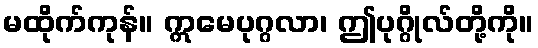
မထိုက်ကုန်။ ဣမေပုဂ္ဂလာ၊ ဤပုဂ္ဂိုလ်တို့ကို။